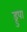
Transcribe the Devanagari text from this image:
ड्रुपा